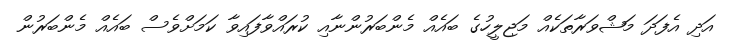
އަދި އެފަދަ މަޝްވަރާތަކެއް މަޖިލީހުގެ ބައެއް މެންބަރުންނާއި ކުރައްވާފައިވާ ކަމަށްވެސް ބައެއް މެންބަރުން